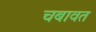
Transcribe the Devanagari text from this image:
चबावत